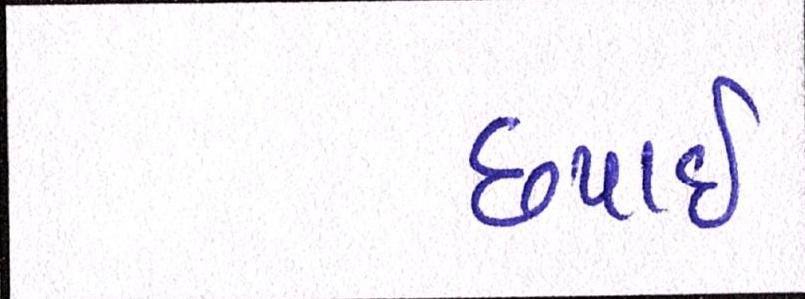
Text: છપાઈ